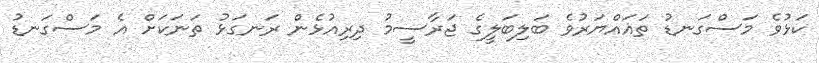
ކަޅުވެ މަސްގަނޑު ތަޣައްޔަރުވެ ބަލިބަލީގެ ޖަރާސީމު ދިރިއުޅެން ރަނގަޅު ތަނަކަށް އެ މަސްގަނޑު